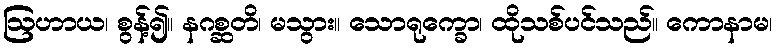
ဩဟာယ၊ စွန့်၍။ နဂစ္ဆတိ၊ မသွား။ သောရုက္ခော၊ ထိုသစ်ပင်သည်။ ကောနာမ၊